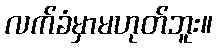
လက်ခံမှာမဟုတ်ဘူး။